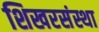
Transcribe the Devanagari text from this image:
शिखरसंस्था